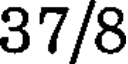
37/8